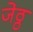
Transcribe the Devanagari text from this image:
जेठ्ठ